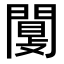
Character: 闅